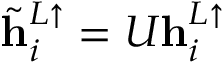
\tilde { \mathbf { h } } _ { i } ^ { L \uparrow } = U \mathbf { h } _ { i } ^ { L \uparrow }